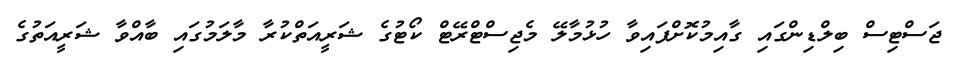
ޖަސްޓިސް ބިލްޑިންގައި ގާއިމުކޮށްފައިވާ ހުޅުމާލޭ މެޖިސްޓްރޭޓް ކޯޓުގެ ޝަރީއަތްކުރާ މާލަމުގައި ބާއްވާ ޝަރީއަތުގެ